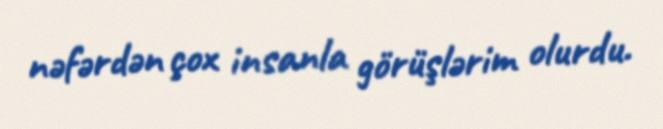
nəfərdən çox insanla görüşlərim olurdu.